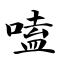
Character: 嗑